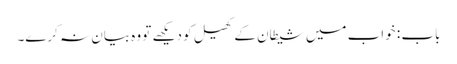
باب : خواب میں شیطان کے کھیل کو دیکھے تو وہ بیان نہ کرے۔